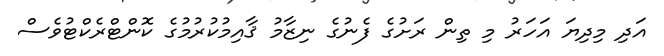
އަދި މިދިޔަ އަހަރު މި ތިން ރަށުގެ ފެނުގެ ނިޒާމު ޤާއިމުކުރުމުގެ ކޮންޓްރެކްޓުވެސް